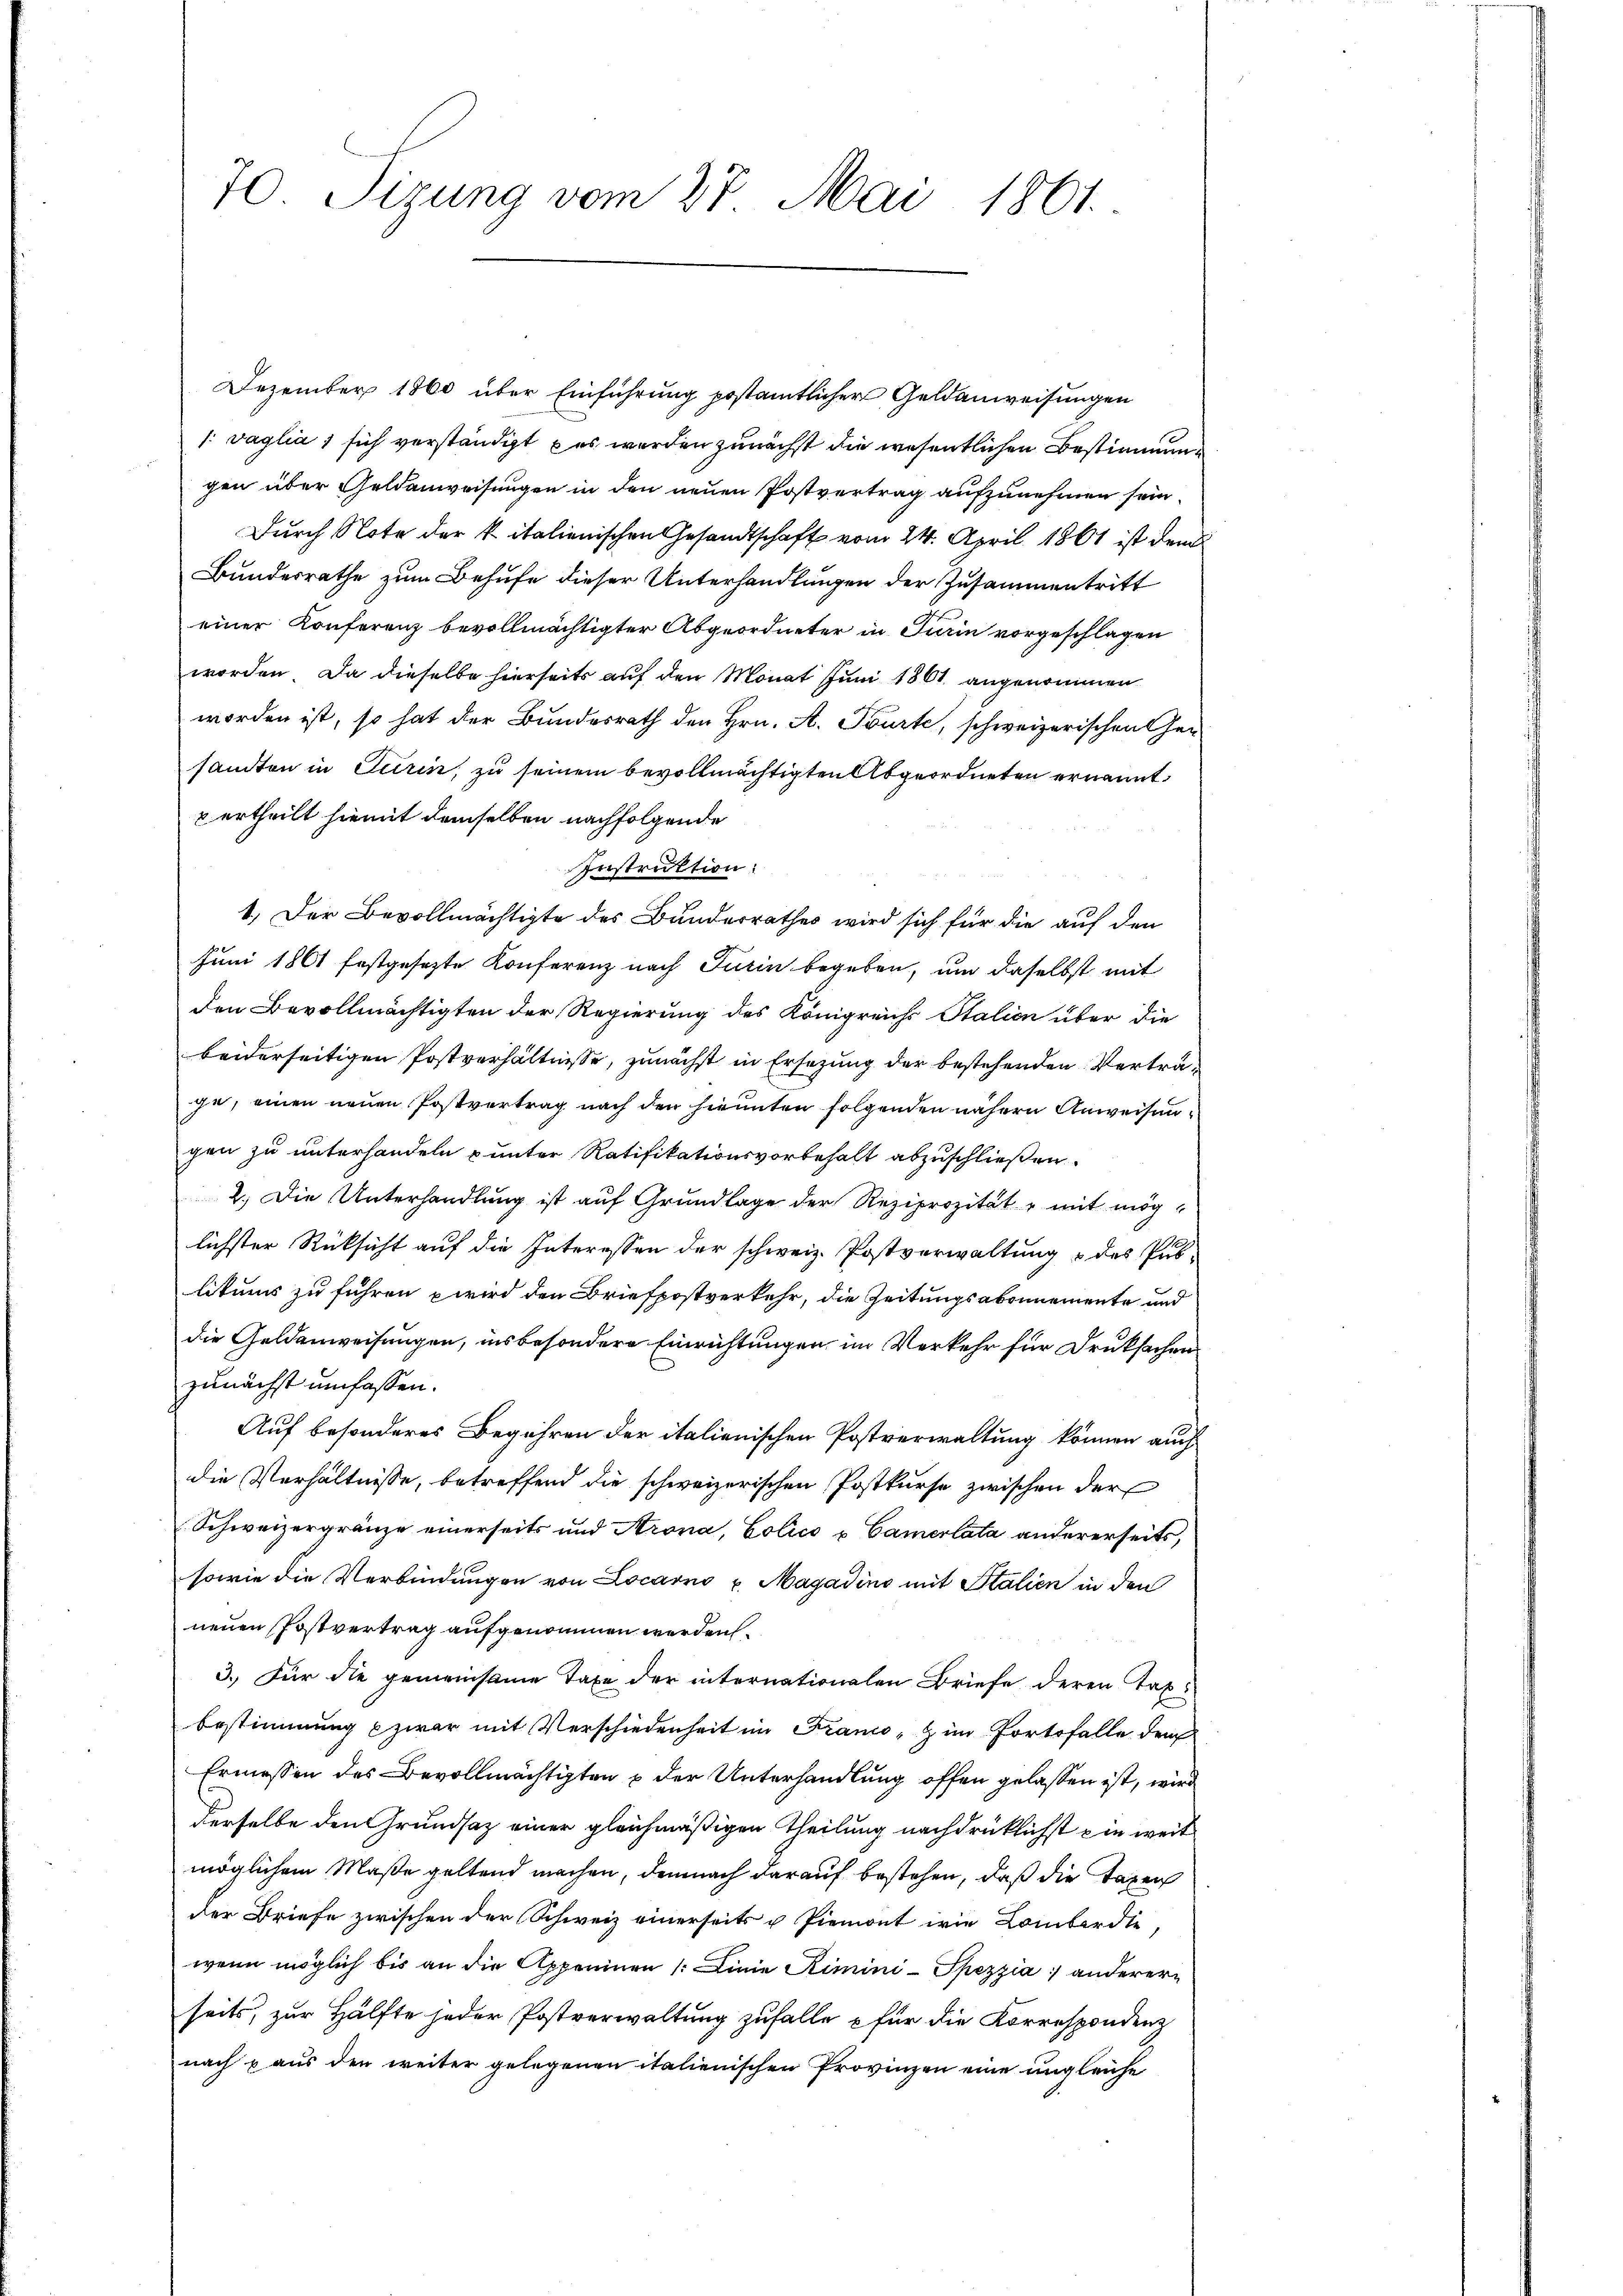
70 Sizung vom 27. Mai 1861.

Dezember 1860 über Einführung postamtlicher Geldanweisungen
/: vaglia 1 sich verständigt das werden zunächst die wesentlichen Bestimmengen über Geldanweisungen in den neuen Postvertrag aufzunehmen sein.
Durch Note der k italienischen Gesandtschaft vom 24. April 1861 ist dem
Bundesrathe zum Behufe dieser Unterhandlungen der Zusammentritt
einer Konferenz bevollmächtigter Abgeordneter in Turin vorgeschlagen
worden. Da dieselbe hierseits auf den Monat Juni 1861 angenommen
worden ist, so hat der Bundesrath den Hrn. A. Tourte, schweizerischen Gesandten in Turin, zu seinem bevollmächtigten Abgeordneten ernannt.
vertheilt hiemit demselben nachfolgende
Instruktion:
1.) Der Bevollmächtigte des Bunderrathes wird sich für die auf den
Juni 1861 festgesezte Konferenz nach Turin begeben, um daselbst mit
den Bevollmächtigten der Regierung des Königreichs Station über die
beiderseitigen Postverhältnisse, zunächst in Ersezung der bestehenden Verträ-
ge, einen neuen Postvertrag nach den hinunten folgenden nähern Anweisungen zu unterhandeln unter Ratifikationsvorbehalt abzuschließen.
2.) Die Unterhandlung ist auf Grundlage der Reziprozität mit möglichster Rücksicht auf die Interessen der schweiz. Postverwaltung & des Publitur zu führen wird den Briefpostverkehr, die Zeitungsabonnemente und
die Geldenweisungen, insbesondere Einrichtungen im Verkehr für Druksachen
zunächst umfassen.
Auf besonderes Begehren der italienischen Postverwaltung können auch
die Verhältnisse, betreffend die schweizerischen Postkurse zwischen der
Schweizergränze einerseits und Arona, Cotico u Camerlata andererseits,
sowie die Verbindungen von Locarno u. Magadino mit Stalien in den
neuen Postvertrag aufgenommen werden.
3.) Für die gemeinsame Taxe der internationalen Briefe deren Taxbestimmung zwar mit Verschiedenheit im Franco-Zim Fortsfalle dem
Ermessen des Bevollmächtigten & der Unterhandlung offen gelassen ist, wird
derselbe den Grundsaz einer gleichmäßigen Theilung nachdrücklichst die weit
möglichem Maße geltend machen, demnach darauf bestehen, daß die Taxen
der Briefe zwischen der Schweiz einerseits u Piemont wie Lombardie
wenn möglich bis an die Appeninen (: Linie Rimini-Spezzia) andererseits, zur Hälfte jeder Postverwaltung zufalle für die Korrespondenz
nach & aus den weiter gelegenen italienischen Provinzen eine ungleiche